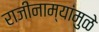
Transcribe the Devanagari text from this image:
राजीनाम्यांमुळे